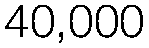
40,000